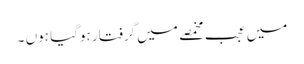
میں عجب مخمصے میں گرفتار ہوگیا ہوں ۔